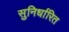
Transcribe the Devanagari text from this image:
सुनिर्धारित